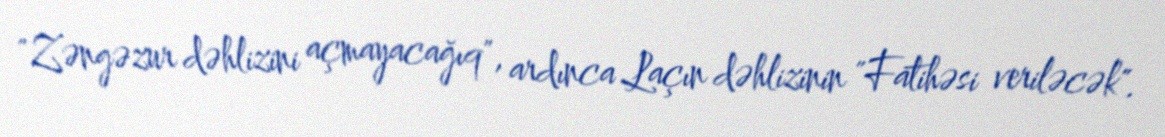
"Zəngəzur dəhlizini açmayacağıq", ardınca Laçın dəhlizinin "Fatihəsi veriləcək".